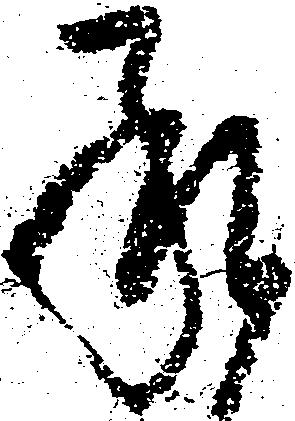
承